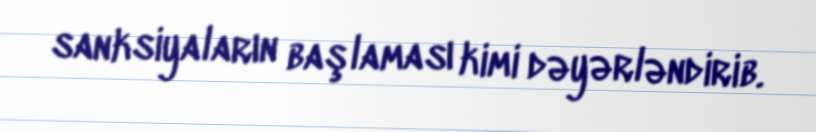
sanksiyaların başlaması kimi dəyərləndirib.